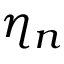
\eta _ { n }